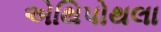
એથિપોથલા